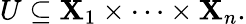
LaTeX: U\subseteq\mathbf{X}_{1}\times\cdots\times\mathbf{X}_{n}.